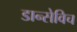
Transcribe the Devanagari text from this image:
डान्सेविच